Medical and sanitary report of the native army of Bengal for the year
Year: 1878
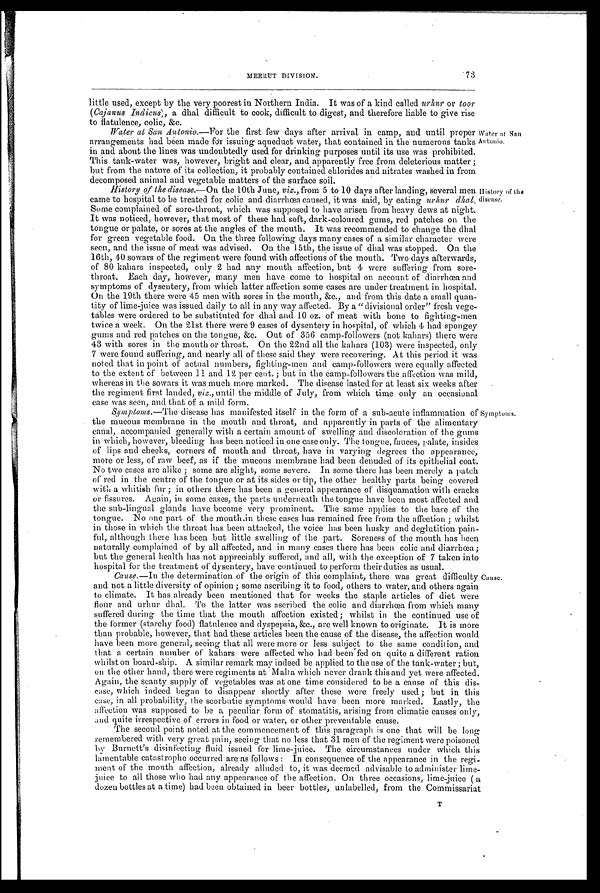
73
MEERUT DIVISION.
little used, except by the very poorest in Northern India. It was of a kind called urhur or toor
(Cajanus Indicus), a d h a l d i f f i c u l t t o c o o k , d i f f i c u l t t o d i g e s t , a n d t h e r e f o r e l i a b l e t o g i v e r i s e
to flatulence, colic, &c.
Water at San Antonio .—For the first few days after arrival in camp, and until proper
arrangements had been made for issuing aqueduct water, that contained in the numerous tanks
in and about the lines was undoubtedly used for drinking purposes until its use was prohibited.
This tank-water was, however, bright and clear, and apparently free from deleterious matter;
but from the nature of its collection, it probably contained chlorides and nitrates washed in from
decomposed animal and vegetable matters of the surface soil.
Water at San
Antonio.
History of the disease .—On the 10th June, viz., from 5 to 10 days after landing, several men
came to hospital to be treated for colic and diarrhœa caused, it was said, by eating urhur dhal.
Some complained of sore-throat, which was supposed to have arisen from heavy dews at night.
It was noticed, however, that most of these had soft, dark-coloured gums, red patches on the
tongue or palate, or sores at the angles of the mouth. It was recommended to change the dhal
for green vegetable food. On the three following days many cases of a similar character were
seen, and the issue of meat was advised. On the 15th, the issue of dhal was stopped. On the
16th, 40 sowars of the regiment were found with affections of the mouth. Two days afterwards,
of 80 kahars inspected, only 2 had any mouth affection, but 4 were suffering from sore
-throat. Each day, however, many men have come to hospital on account of diarrhœa and
symptoms of dysentery, from which latter affection some cases are under treatment in hospital.
On the 19th there were 45 men with sores in the mouth, &c., and from this date a small quan
-tity of lime-juice was issued daily to all in any way affected. By a "divisional order" fresh vege
-tables were ordered to be substituted for dhal and 10 oz. of meat with bone to fighting-men
twice a week. On the 21st there were 9 cases of dysentery in hospital, of which 4 had spongey
gums and red patches on the tongue, &c. Out of 356 camp-followers (not kahars) there were
43 with sores in the mouth or throat. On the 22nd all the kahars (103) were inspected, only
7 were found suffering, and nearly all of these said they were recovering. At this period it was
noted that in point of actual numbers, fighting-men and camp-followers were equally affected
to the extent of between 11 and 12 per cent.; but in the camp-followers the affection was mild,
whereas in the sowars it was much more marked. The disease lasted for at least six weeks after
the regiment first landed, viz., until the middle of July, from which time only an occasional
case was seen, and that of a mild form.
Symptoms .—The disease has manifested itself in the form of a sub-acute inflammation of
the mucous membrane in the mouth and throat, and apparently in parts of the alimentary
canal, accompanied generally with a certain amount of swelling and discoloration of the gums
in which, however, bleeding has been noticed in one case only. The tongue, fauces, palate, insides
of lips and cheeks, corners of mouth and throat, have in varying degrees the appearance,
more or less, of raw beef, as if the mucous membrane had been denuded of its epithelial coat.
No two cases are alike; some are slight, some severe. In some there has been merely a patch
of red in the centre of the tongue or at its sides or tip, the other healthy parts being covered
with a whitish fur; in others there has been a general appearance of disquamation with cracks
or fissures. Again, in some cases, the parts underneath the tongue have been most affected and
the sub-lingual glands have become very prominent. The same applies to the bare of' the
tongue. No one part of the mouth in these cases has remained free from the affection; whilst
in those in which the throat has been attacked, the voice has been husky and deglutition pain
-ful, although there has been but little swelling of' the part. Soreness of the mouth has been
naturally complained of by all affected, and in many cases there has been colic and diarrhœa;
but the general health has not appreciably suffered, and all, with the exception of 7 taken into
hospital for the treatment of dysentery, have continued to perform their duties as usual.
History of the
disease.
Symptoms.
Cause.
Cause .—In the determination of the origin of this complaint, there was great difficulty
and not a little diversity of opinion; some ascribing it to food, others to water, and others again
to climate. It has already been mentioned that for weeks the staple articles of diet were
flour and urhur dhal. To the latter was ascribed the colic and diarrhœa from which many
suffered during the time that the mouth affection existed; whilst in the continued use of
the former (starchy food) flatulence and dyspepsia, &c., are well known to originate. It is more
than probable, however, that had these articles been the cause of the disease, the affection would
have been more general, seeing that all were more or less subject to the same condition, and
that a certain number of kahars were affected who had been fed on quite a different ration
whilst on board-ship. A similar remark may indeed be applied to the use of the tank-water; but,
on the other hand, there were regiments at Malta which never drank this and yet were affected.
Again, the scanty supply of vegetables was at one time considered to be a cause of this dis
-case, which indeed began to disappear shortly after these were freely used; but in this
case, in all probability, the scorbutic symptoms would have been more marked. Lastly, the
affection was supposed to be a peculiar form of' stomatitis, arising from climatic causes only,
and quite irrespective of errors in food or water, or other preventable cause.
The second point noted at the commencement of this paragraph is one that will be long
remembered with very great pain, seeing that no less that 31 men of' the regiment were poisoned
by Burnett's disinfecting fluid issued for lime-juice. The circumstances under which this
lamentable catastrophe occurred are as follows: In consequence of the appearance in the regi
-ment of the mouth affection, already alluded to, it was deemed advisable to administer lime
-juice to all those who had any appearance of the affection. On three occasions, lime-juice (a
dozen bottles at a time) had been obtained in beer bottles, unlabelled, from the Commissariat